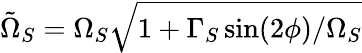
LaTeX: \tilde{\Omega}_{S}=\Omega_{S}\sqrt{1+\Gamma_{S}\sin(2\phi)/\Omega_{S}}